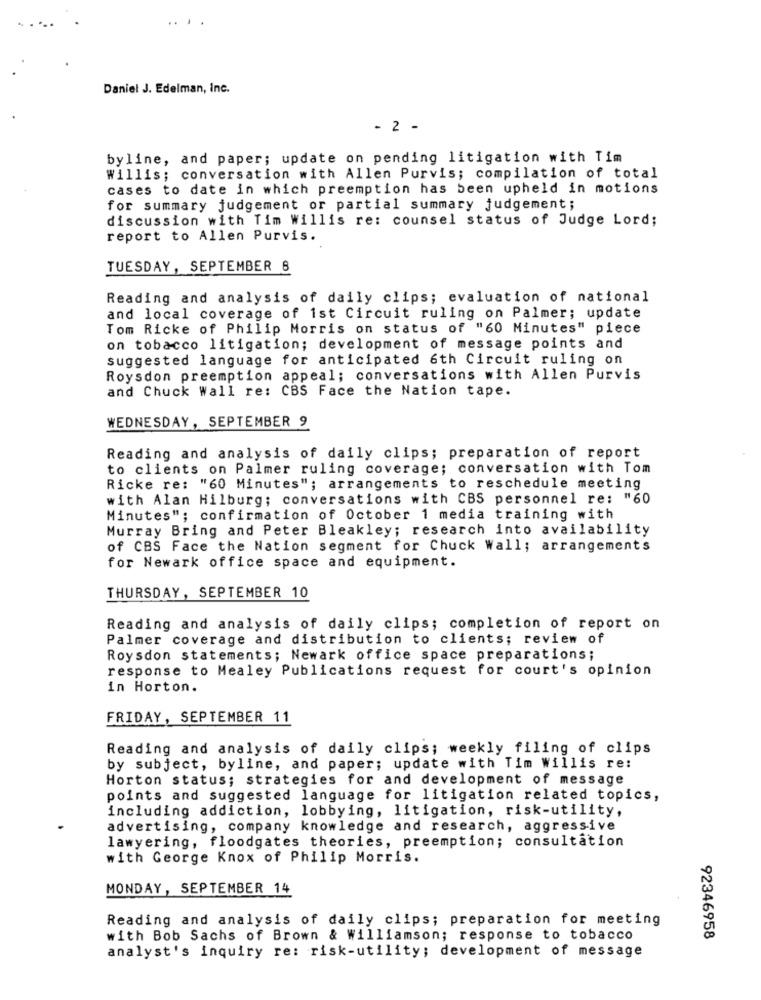
.. ..
Daniel J. Edelman, Inc.
- 2 -
byline, and paper; update on pending litigation with Tim
Willis; conversation with Allen Purvis; compilation of total
cases to date in which preemption has been upheld in motions
for summary judgement or partial summary judgement;
discussion with Tim Willis re: counsel status of Judge Lord;
report to Allen Purvis.
TUESDAY, SEPTEMBER 8
Reading and analysis of daily clips; evaluation of national
and local coverage of ist Circuit ruling on Palmer; update
Tom Ricke of Philip Morris on status of "60 Minutes" piece
on tobacco litigation; development of message points and
suggested language for anticipated 6th Circuit ruling on
Roysdon preemption appeal; conversations with Allen Purvis
and Chuck Wall re: CBS Face the Nation tape.
WEDNESDAY, SEPTEMBER 9
Reading and analysis of daily clips; preparation of report
to clients on Palmer ruling coverage; conversation with Tom
Ricke re: "60 Minutes"; arrangements to reschedule meeting
with Alan Hilburg; conversations with CBS personnel re: "60
Minutes"; confirmation of October 1 media training with
Murray Bring and Peter Bleakley; research into availability
of CBS Face the Nation segment for Chuck Wall; arrangements
for Newark office space and equipment.
THURSDAY, SEPTEMBER 10
Reading and analysis of daily clips; completion of report on
Palmer coverage and distribution to clients; review of
Roysdon statements; Newark office space preparations;
response to Mealey Publications request for court's opinion
in Horton.
FRIDAY, SEPTEMBER 11
Reading and analysis of daily clips; weekly filing of clips
by subject, byline, and paper; update with Tim Willis re:
Horton status; strategies for and development of message
points and suggested language for litigation related topics,
including addiction, lobbying, litigation, risk-utility,
advertising, company knowledge and research, aggressive
lawyering, floodgates theories, preemption; consultation
with George Knox of Philip Morris.
MONDAY, SEPTEMBER 14
Reading and analysis of daily clips; preparation for meeting
with Bob Sachs of Brown & Williamson; response to tobacco
92346958
analyst's inquiry re: risk-utility; development of message